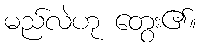
မည်လဲဟု တွေး၏။